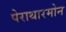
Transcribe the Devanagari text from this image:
पेराथारमोन